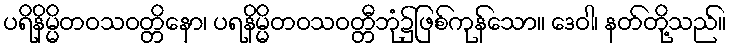
ပရိနိမ္မိတဝသဝတ္တိနော၊ ပရနိမ္မိတဝသဝတ္တီဘုံ၌ဖြစ်ကုန်သော။ ဒေဝါ၊ နတ်တို့သည်။